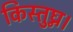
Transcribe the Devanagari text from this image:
किस्तुघ्न।